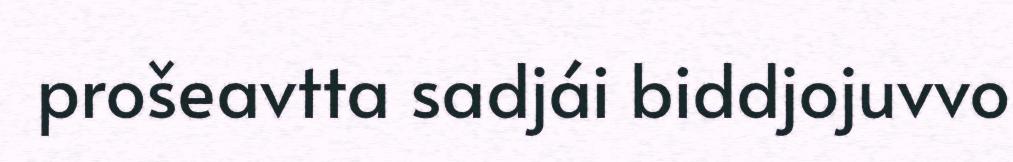
prošeavtta sadjái biddjojuvvo